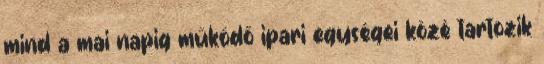
mind a mai napig működő ipari egységei közé tartozik